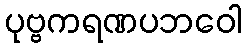
ပုဗ္ဗကရဏပဘဝေါ